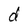
Character: d